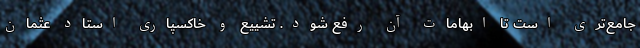
جامع‌تری است تا ابهامات آن رفع شود. تشییع و خاکسپاری استاد عثمان